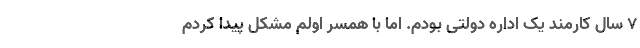
۷ سال کارمند یک اداره دولتی بودم. اما با همسر اولم مشکل پیدا کردم